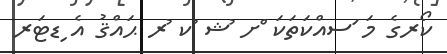
ކޯރގެ މަ ަސއްކަތަކަ ްށ ުޝ ުކ ުރ ޙައްޤު އެ ިޑޓަރ